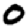
Digit: 0